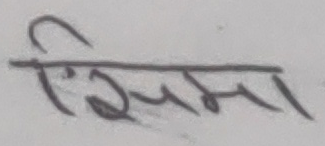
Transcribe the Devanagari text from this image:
सिमा